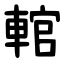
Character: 輨